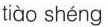
tiào shéng